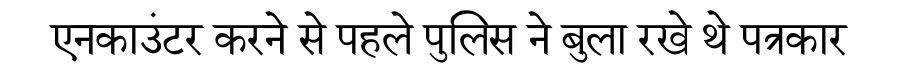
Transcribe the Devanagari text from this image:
एनकाउंटर करने से पहले पुलिस ने बुला रखे थे पत्रकार